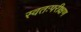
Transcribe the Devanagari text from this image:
स्वतःपरीक्षण